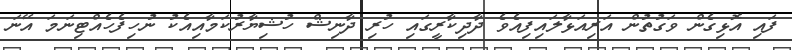
ފައި އޮޅިގެން ވަގުތުން އަރިއަޅާލައިފިއެވެ ދާދިކާރީގައި ހުރި ދާނިޝް ހުޝިޔާރުކަމާއިއެކު ނުހިފެހެއްޓިނަމަ އޭނަ